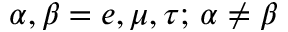
\alpha , \beta = e , \mu , \tau ; \, \alpha \neq \beta